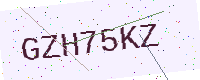
Text: GZH75KZ